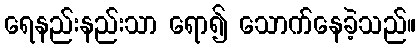
ရေနည်းနည်းသာ ရော၍ သောက်နေခဲ့သည်။